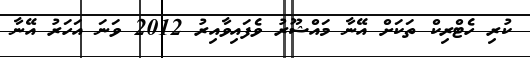
ކުރި ހެޓްރިކް ތަކަށް އޭނާ މައްޝޫރު ވެފައިވާއިރު 2012 ވަނަ އަހަރު އޭނާ